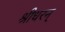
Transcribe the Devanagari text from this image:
श्रीधरन्